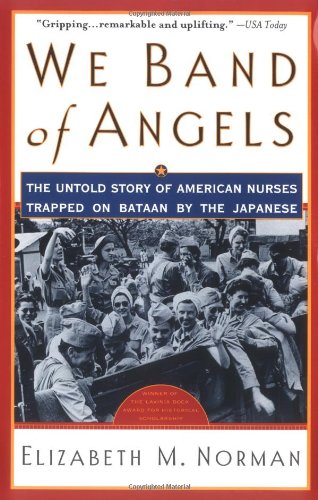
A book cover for We Band of Angels: The Untold Story of American Nurses Trapped on Bataan by the Japanese; Elizabeth M. Norman; History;